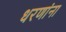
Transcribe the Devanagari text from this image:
धरणांना